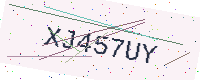
Text: XJ457UY